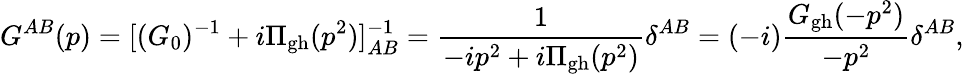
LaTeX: G^{AB}(p)=[(G_{0})^{-1}+i\Pi_{\mathrm{gh}}(p^{2})]_{AB}^{-1}={\frac{1}{-ip^{2}+i\Pi_{\mathrm{gh}}(p^{2})}}\delta^{AB}=(-i){\frac{G_{\mathrm{gh}}(-p^{2})}{-p^{2}}}\delta^{AB},